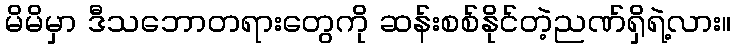
မိမိမှာ ဒီသဘောတရားတွေကို ဆန်းစစ်နိုင်တဲ့ညဏ်ရှိရဲ့လား။